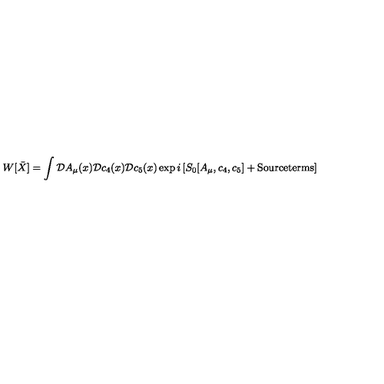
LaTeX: W [ \bar { X } ] = \int { \cal D } A _ { \mu } ( x ) { \cal D } c _ { 4 } ( x ) { \cal D } c _ { 5 } ( x ) \exp { i \left[ S _ { 0 } [ A _ { \mu } , c _ { 4 } , c _ { 5 } ] + \mathrm { S o u r c e t e r m s } \right] }